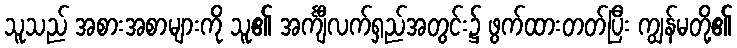
သူသည် အစားအစာများကို သူ၏ အင်္ကျီလက်ရှည်အတွင်း၌ ဖွက်ထားတတ်ပြီး ကျွန်မတို့၏